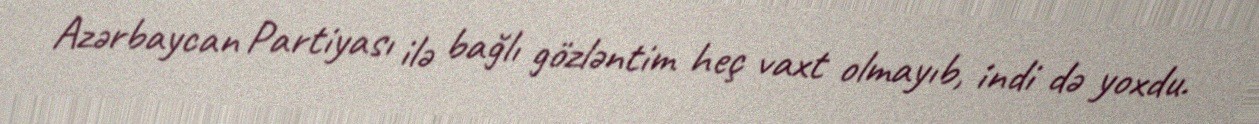
Azərbaycan Partiyası ilə bağlı gözləntim heç vaxt olmayıb, indi də yoxdu.